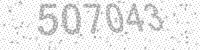
Solution: 507043